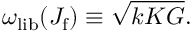
\omega _ { \mathrm { l i b } } ( J _ { \mathrm { f } } ) \equiv \sqrt { k K G } .